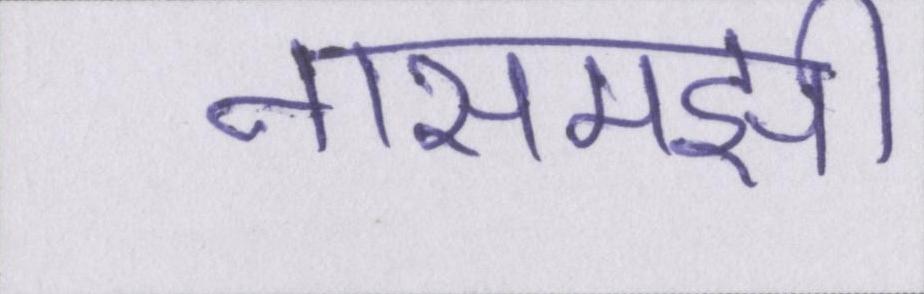
नासमझी